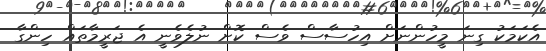
އެކަމަކު ގިނަ މީހުންނަށް އިހުސާސް ވެސް ކޮށް ނުލެވެނީ އެ ޖަރީމާތައް ހިންގާ